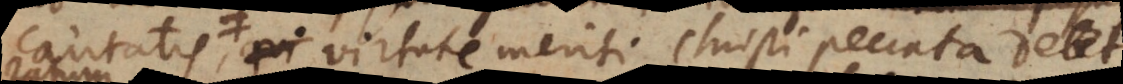
caritatis, qui, et virtute meriti Christi peccata delet,